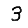
Digit: 3